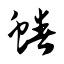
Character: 蝽